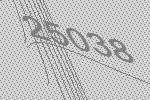
25038